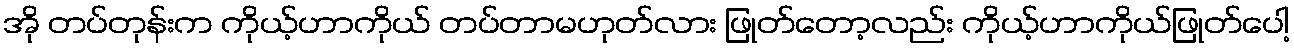
အို တပ်တုန်းက ကိုယ့်ဟာကိုယ် တပ်တာမဟုတ်လား ဖြုတ်တော့လည်း ကိုယ့်ဟာကိုယ်ဖြုတ်ပေါ့